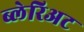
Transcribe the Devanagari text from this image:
ब्लेरिअट